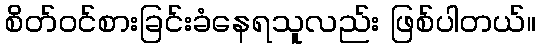
စိတ်ဝင်စားခြင်းခံနေရသူလည်း ဖြစ်ပါတယ်။